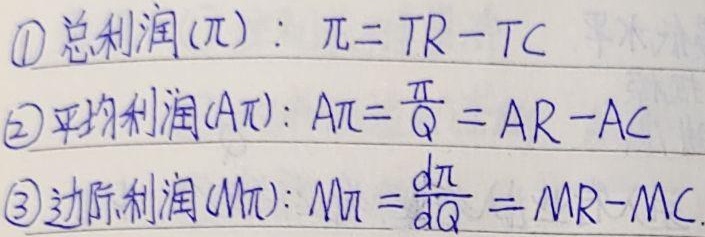
\textcircled{1} 总利润\((\pi)\)：\(\pi = TR - TC\)
\textcircled{2} 平均利润\((A\pi)\)：\(A\pi=\frac{\pi}{Q}=AR - AC\)
\textcircled{3} 边际利润\((M\pi)\)：\(M\pi=\frac{d\pi}{dQ}=MR - MC\)